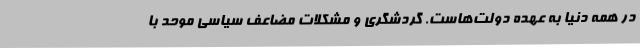
در همه دنیا به عهده دولت‌هاست. گردشگری و مشکلات مضاعف سیاسی موحد با